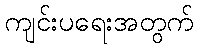
ကျင်းပရေးအတွက်